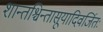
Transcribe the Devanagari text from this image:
शान्तश्चिन्तासूयादिवर्जितः